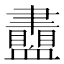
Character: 𧗙